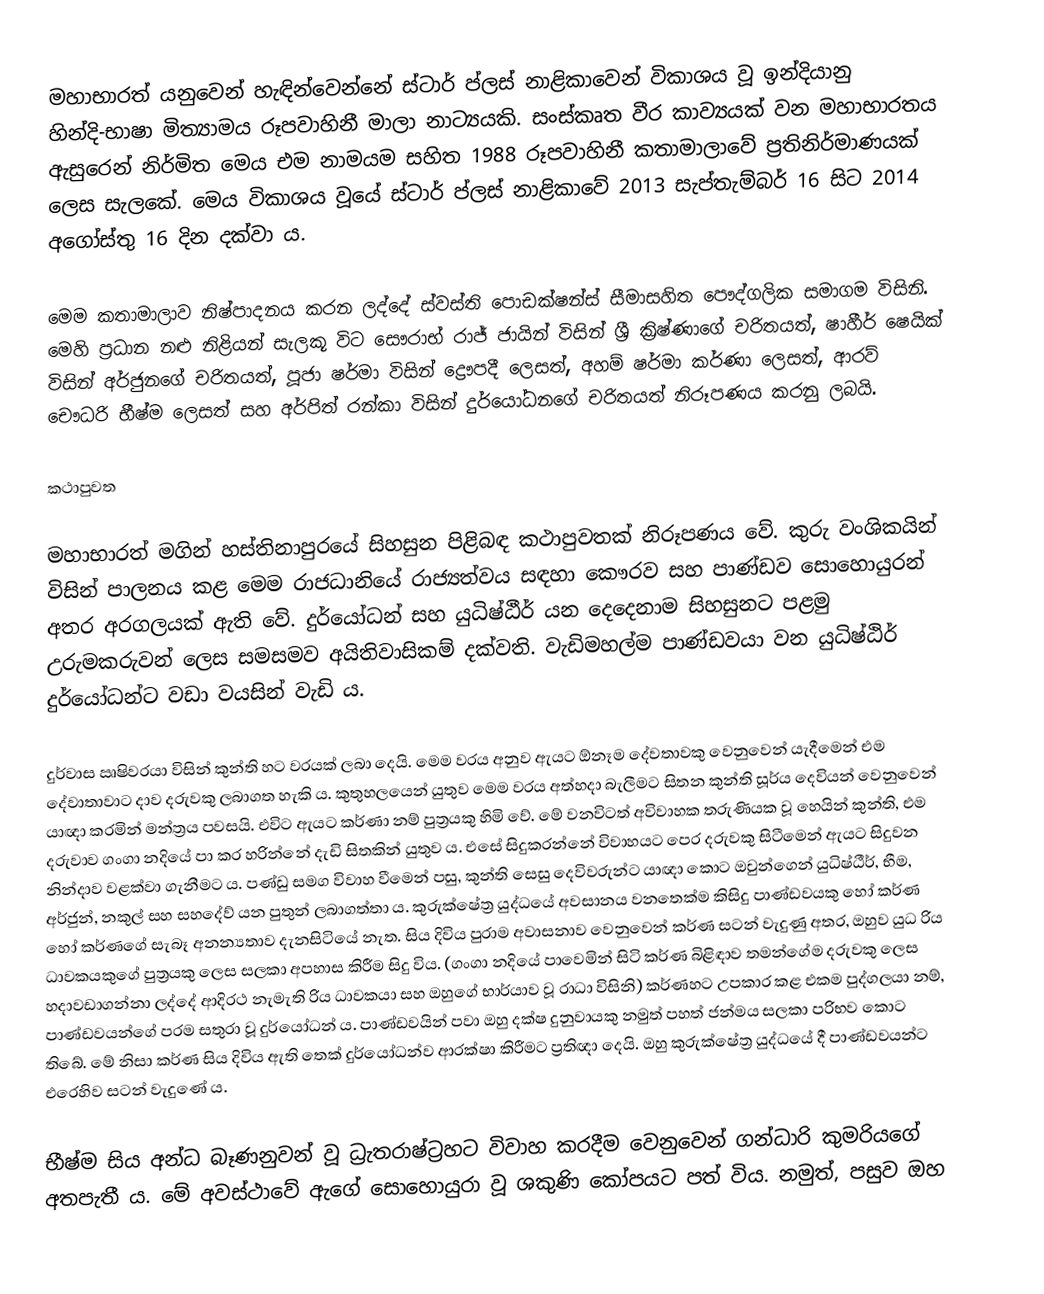
මහාභාරත් යනුවෙන් හැඳින්වෙන්නේ ස්ටාර් ප්ලස් නාළිකාවෙන් විකාශය වූ ඉන්දියානු හින්දි-භාෂා මිත්‍යාමය රූපවාහිනී මාලා නාට්‍යයකි. සංස්කෘත වීර කාව්‍යයක් වන මහාභාරතය ඇසුරෙන් නිර්මිත මෙය එම නාමයම සහිත 1988 රූපවාහිනී කතාමාලාවේ ප්‍රතිනිර්මාණයක් ලෙස සැලකේ. මෙය විකාශය වූයේ ස්ටාර් ප්ලස් නාළිකාවේ 2013 සැප්තැම්බර් 16 සිට 2014 අගෝස්තු 16 දින දක්වා ය.

මෙම කතාමාලාව නිෂ්පාදනය කරන ලද්දේ ස්වස්ති පොඩක්ෂන්ස් සීමාසහිත පෞද්ගලික සමාගම විසිනි. මෙහි ප්‍රධාන නළු නිළියන් සැලකූ විට සෞරාභ් රාජ් ජායින් විසින් ශ්‍රී ක්‍රිෂ්ණාගේ චරිතයත්, ෂාහීර් ෂෙයික් විසින් අර්ජුනගේ චරිතයත්, පූජා ෂර්මා විසින් ද්‍රෞපදී ලෙසත්, අහම් ෂර්මා කර්ණා ලෙසත්, ආරව් චෞධරි භීෂ්ම ලෙසත් සහ අර්පිත් රන්කා විසින් දුර්යෝධනගේ චරිතයත් නිරූපණය කරනු ලබයි.

කථාපුවත

මහාභාරත් මගින් හස්තිනාපුරයේ සිහසුන පිළිබඳ කථාපුවතක් නිරූපණය වේ. කුරු වංශිකයින් විසින් පාලනය කළ මෙම රාජධානියේ රාජ්‍යත්වය සඳහා කෞරව සහ පාණ්ඩව සොහොයුරන් අතර අරගලයක් ඇති වේ. දුර්යෝධන් සහ යුධිෂ්ඨීර් යන දෙදෙනාම සිහසුනට පළමු උරුමකරුවන් ලෙස සමසමව අයිතිවාසිකම් දක්වති. වැඩිමහල්ම පාණ්ඩවයා වන යුධිෂ්ඨිර් දුර්යෝධන්ට වඩා වයසින් වැඩි ය.

දුර්වාස ඍෂිවරයා විසින් කුන්ති හට වරයක් ලබා දෙයි. මෙම වරය අනුව ඇයට ඕනෑම දේවතාවකු වෙනුවෙන් යැදීමෙන් එම දේවාතාවාට දාව දරුවකු ලබාගත හැකි ය. කුතුහලයෙන් යුතුව මෙම වරය අත්හදා බැලීමට සිතන කුන්ති සූර්ය දෙවියන් වෙනුවෙන් යාඥා කරමින් මන්ත්‍රය පවසයි. එවිට ඇයට කර්ණා නම් පුත්‍රයකු හිමි වේ. මේ වනවිටත් අවිවාහක තරුණියක වූ හෙයින් කුන්ති, එම දරුවාව ගංගා නදියේ පා කර හරින්නේ දැඩි සිතකින් යුතුව ය. එසේ සිදුකරන්නේ විවාහයට පෙර දරුවකු සිටීමෙන් ඇයට සිදුවන නින්දාව වළක්වා ගැනීමට ය. පණ්ඩු සමග විවාහ වීමෙන් පසු, කුන්ති සෙසු දෙවිවරුන්ට යාඥා කොට ඔවුන්ගෙන් යුධිෂ්ඨීර්, භීම, අර්ජුන්, නකුල් සහ සහදේව් යන පුතුන් ලබාගත්තා ය. කුරුක්ෂේත්‍ර යුද්ධයේ අවසානය වනතෙක්ම කිසිදු පාණ්ඩවයකු හෝ කර්ණ හෝ කර්ණගේ සැබෑ අනන්‍යතාව දැනසිටියේ නැත. සිය දිවිය පුරාම අවාසනාව වෙනුවෙන් කර්ණ සටන් වැදුණු අතර, ඔහුව යුධ රිය ධාවකයකුගේ පුත්‍රයකු ලෙස සලකා අපහාස කිරීම සිදු විය. (ගංගා නදියේ පාවෙමින් සිටි කර්ණ බිළිඳාව තමන්ගේම දරුවකු ලෙස හදාවඩාගන්නා ලද්දේ ආදිරථ නැමැති රිය ධාවකයා සහ ඔහුගේ භාර්යාව වූ රාධා විසිනි) කර්ණහට උපකාර කළ එකම පුද්ගලයා නම්, පාණ්ඩවයන්ගේ පරම සතුරා වූ දුර්යෝධන් ය. පාණ්ඩවයින් පවා ඔහු දක්ෂ දුනුවායකු නමුත් පහත් ජන්මය සලකා පරිභව කොට තිබේ. මේ නිසා කර්ණ සිය දිවිය ඇති තෙක් දුර්යෝධන්ව ආරක්ෂා කිරීමට ප්‍රතිඥා දෙයි. ඔහු කුරුක්ෂේත්‍ර යුද්ධයේ දී පාණ්ඩවයන්ට එරෙහිව සටන් වැදුණේ ය.

භීෂ්ම සිය අන්ධ බෑණනුවන් වූ ධ්‍රැතරාෂ්ට්‍රහට විවාහ කරදීම වෙනුවෙන් ගන්ධාරි කුමරියගේ අතපැතී ය. මේ අවස්ථාවේ ඇගේ සොහොයුරා වූ ශකුණි කෝපයට පත් විය. නමුත්, පසුව ඔහ